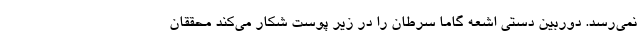
نمی‌رسد. دوربین دستی اشعه گاما سرطان را در زیر پوست شکار می‌کند محققان